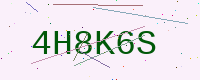
Text: 4H8K6S